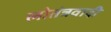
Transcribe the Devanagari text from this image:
लोतंत्रवादी